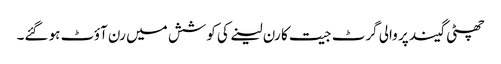
چھٹی گیند پر والی گرٹ جیت کا رن لینے کی کوشش میں رن آؤٹ ہو گئے۔